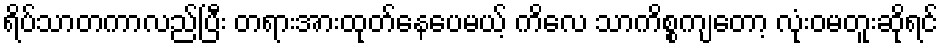
ရိပ်သာတကာလည်ပြီး တရားအားထုတ်နေပေမယ့် ကိလေ သာကိစ္စကျတော့ လုံးဝမတူးဆိုရင်